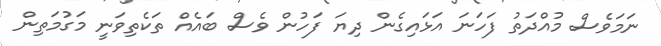
ނަމަވެސް މުއްދަތު ފަހަނަ އަޅައިގެން ދިޔަ ފަހުން ވެސް ބައެއް ތަކެތިވަނީ މަގުމަތިން